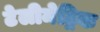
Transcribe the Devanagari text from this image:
टेलीमेट्रिक